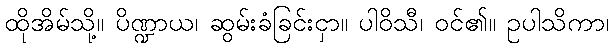
ထိုအိမ်သို့။ ပိဏ္ဍာယ၊ ဆွမ်းခံခြင်းငှာ။ ပါဝိသီ၊ ဝင်၏။ ဥပါသိကာ၊